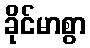
ခိုင်မာစွာ